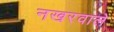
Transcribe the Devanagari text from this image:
नखरवाले